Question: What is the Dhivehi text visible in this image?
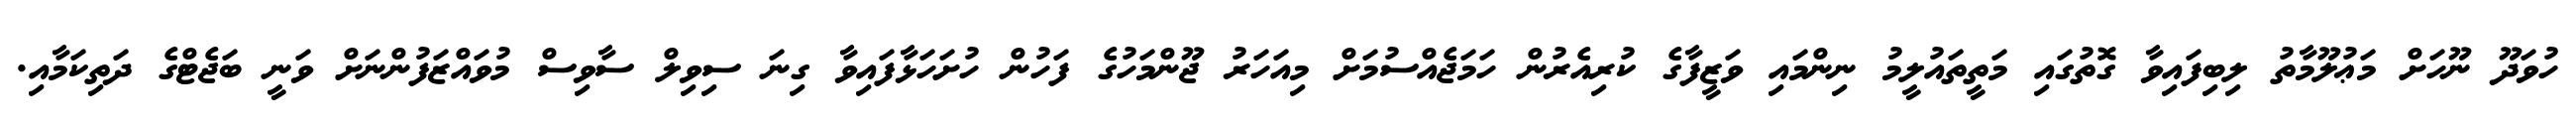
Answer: ހުވަދޫ ނޫހަށް މަޢުލޫމާތު ލިބިފައިވާ ގޮތުގައި މަތީތައުލީމު ނިންމައި ވަޒީފާގެ ކުރިއެރުން ހަމަޖެއްސުމަށް މިއަހަރު ޖޫންމަހުގެ ފަހުން ހުށަހަޅާފައިވާ ގިނަ ސިވިލް ސާވިސް މުވައްޒަފުންނަށް ވަނީ ބަޖެޓްގެ ދަތިކަމާއި.